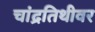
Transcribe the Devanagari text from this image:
चांद्रतिथीवर